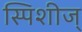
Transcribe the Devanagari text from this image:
स्पिशीज्‌